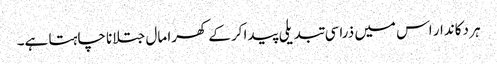
ہر دکاندار اس میں ذراسی تبدیلی پیدا کرکے کھرا مال جتلانا چاہتا ہے۔